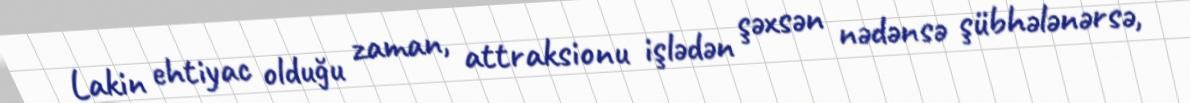
Lakin ehtiyac olduğu zaman, attraksionu işlədən şəxsən nədənsə şübhələnərsə,